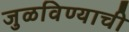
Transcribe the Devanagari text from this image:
जुळविण्याची